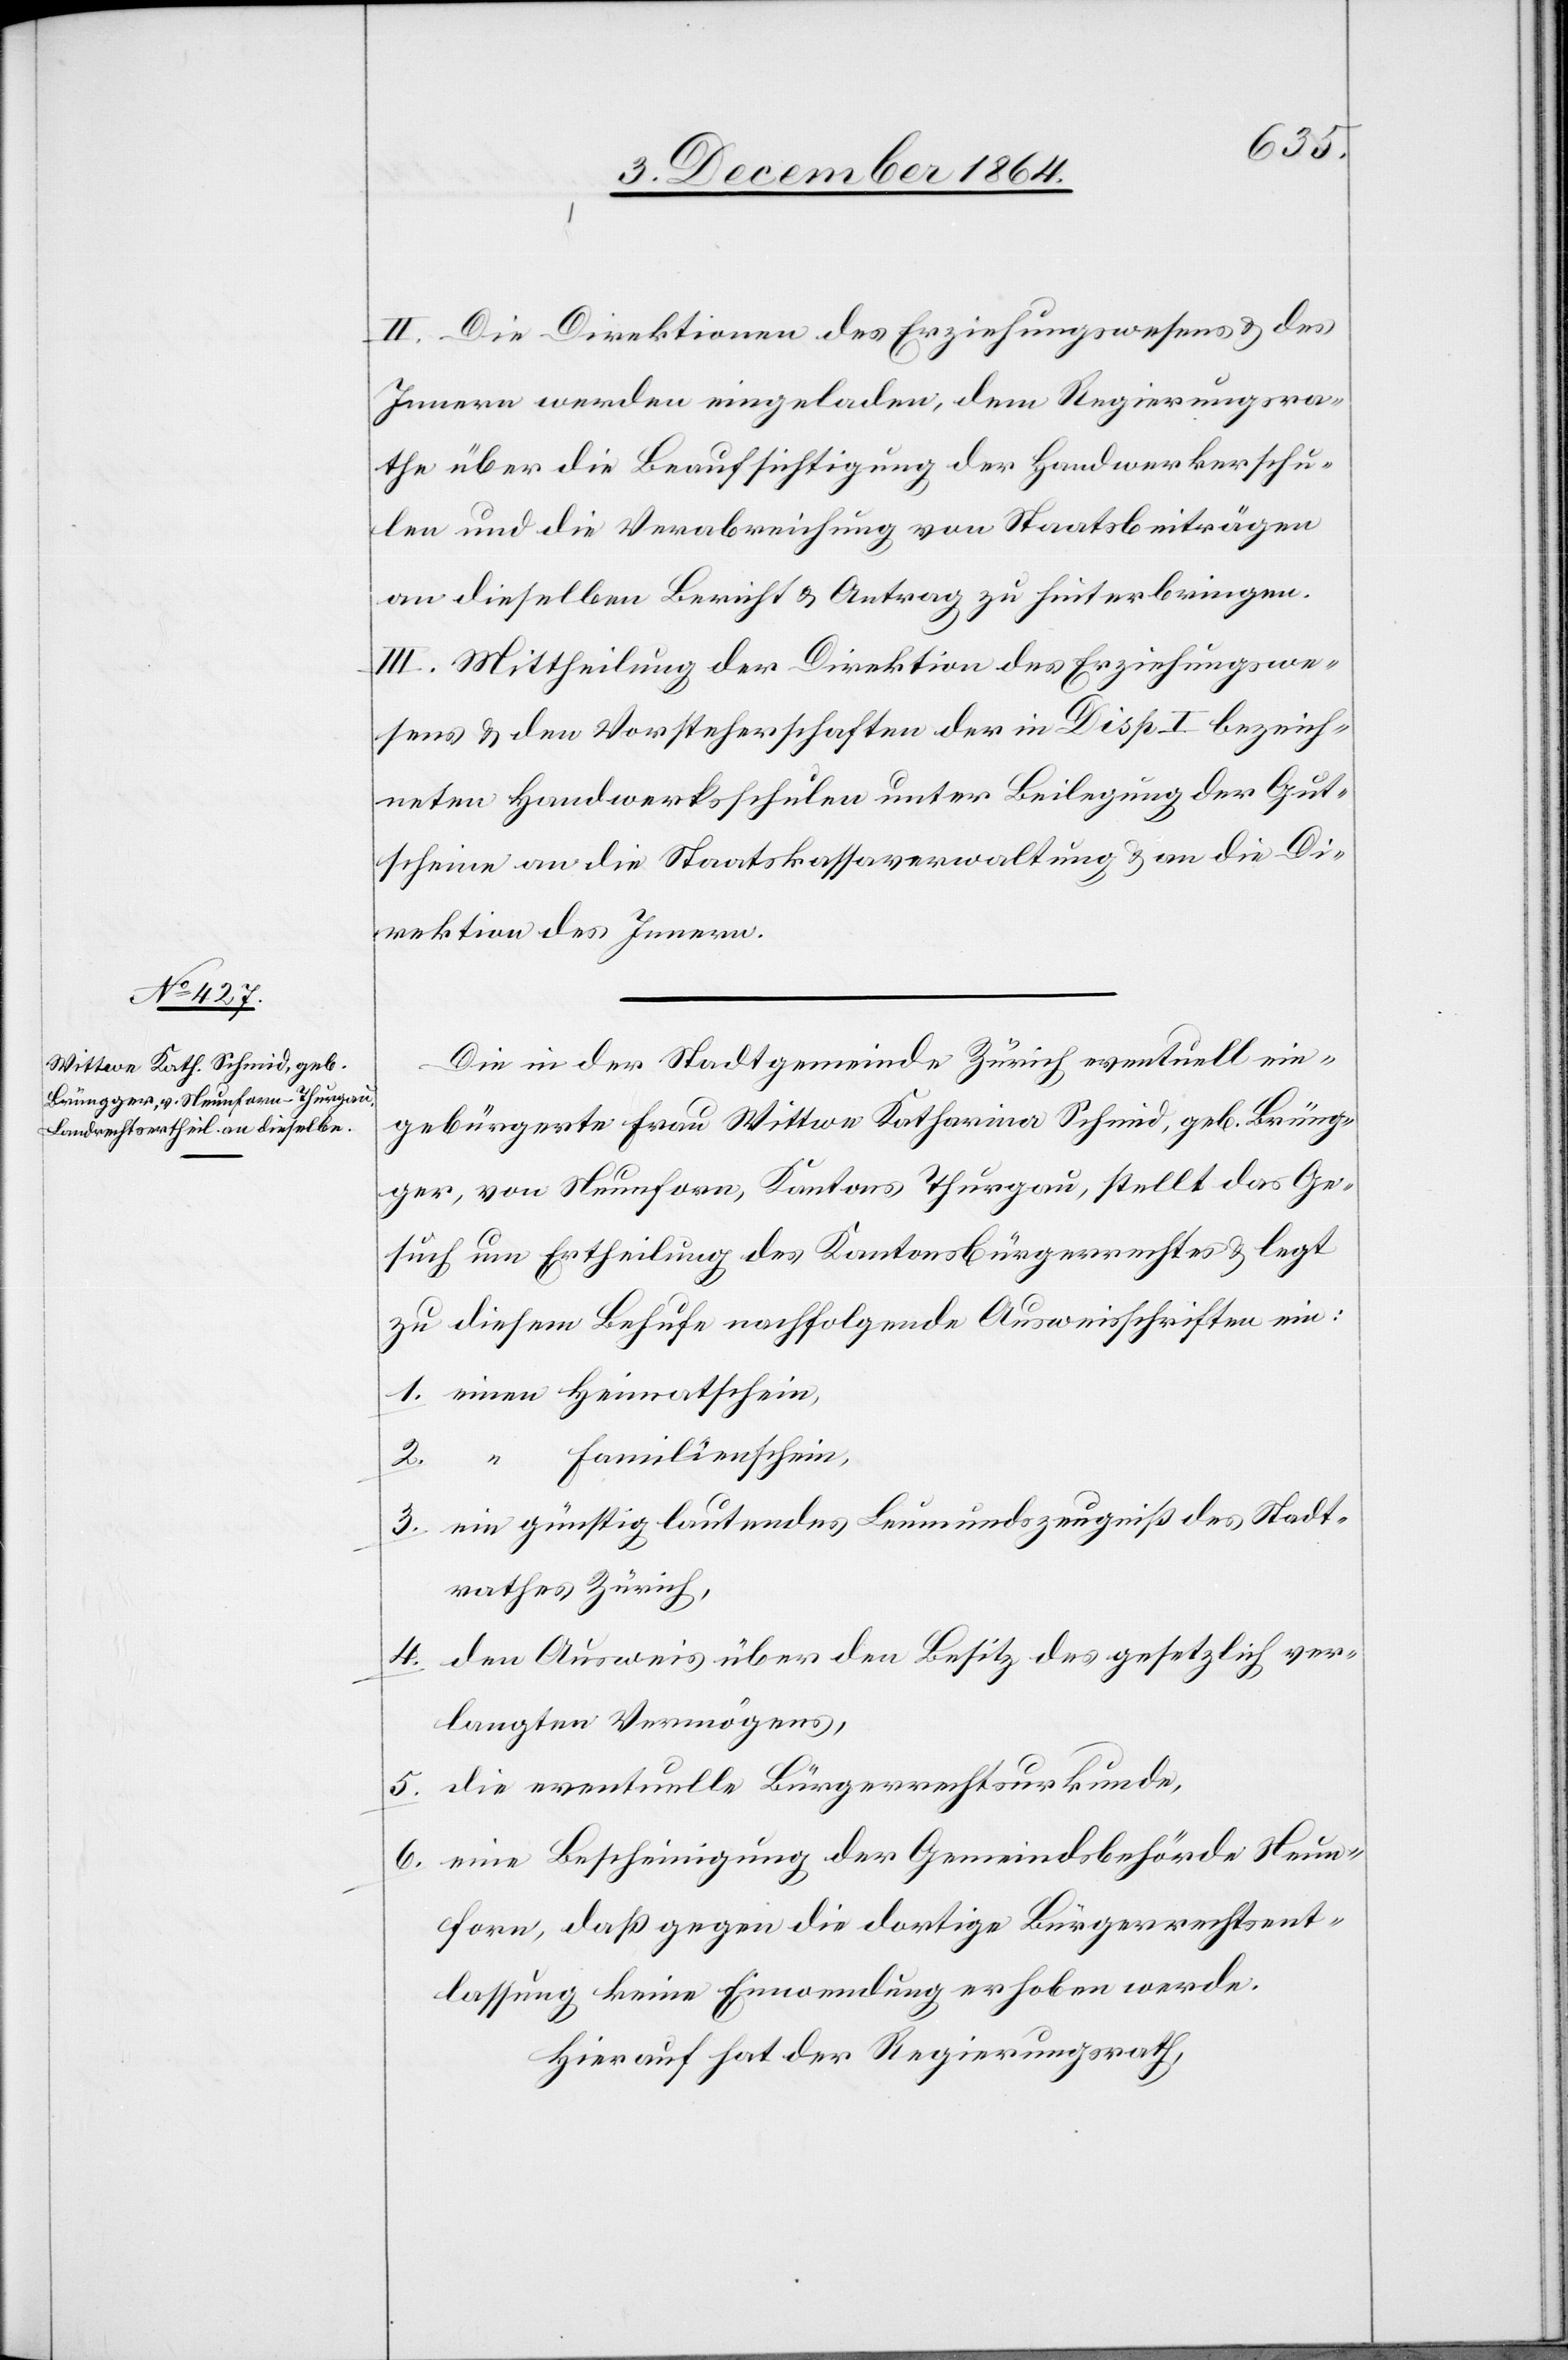
II. Die Direktionen des Erziehungswesens & des
Innern werden eingeladen, dem Regierungsra¬
the über die Beaufsichtigung der Handwerkerschu¬
len und die Verabreichung von Staatsbeiträgen
an dieselben Bericht & Antrag zu hinterbringen.
III. Mittheilung der Direktion des Erziehungswe¬
sens & den Vorsteherschaften der in Disp. I bezeich¬
neten Handwerksschulen unter Beilegung der Gut¬
scheine an die Staatskassaverwaltung & an die Di¬
rektion des Innern.
Die in der Stadtgemeinde Zürich eventuell ein¬
gebürgerte Frau Wittwe Katharina Schmid, geb. Brüng¬
ger, von Neunforn, Kantons Thurgau, stellt das Ge¬
such um Ertheilung des Kantonsbürgerrechtes & legt
zu diesem Behufe nachfolgende Ausweisschriften ein:
1. einen Heimathschein,
2. “ Familienschein,
3. ein günstig lautendes Leumundszeugniß des Stadt¬
rathes Zürich,
4. den Ausweis über den Besitz des gesetzlich ver¬
langten Vermögens,
5. die eventuelle Bürgerrechtsurkunde,
6. eine Bescheinigung der Gemeindsbehörde Neun¬
form, daß gegen die dortige Bürgerrechtsent¬
lassung keine Einwendung erhoben werde.
Hierauf hat der Regierungsrath,